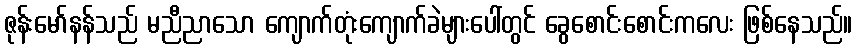
ဇုန်းမော်နန်သည် မညီညာသော ကျောက်တုံးကျောက်ခဲများပေါ်တွင် ခွေစောင်းစောင်းကလေး ဖြစ်နေသည်။